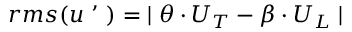
\begin{array} { r } { r m s ( u \mathrm { ~ \textquoteright ~ } ) = { \mid \theta \cdot U _ { T } - \beta \cdot U _ { L } \mid } } \end{array}